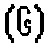
(၆)